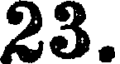
23.